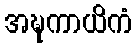
အဍ္ဎကာယိကံ